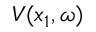
V ( x _ { 1 } , \omega )